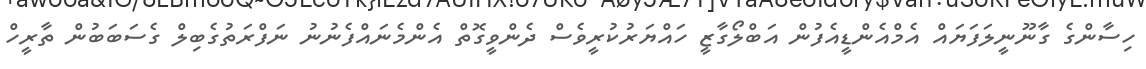
ހިސާންގެ ގާނޫނީލަފަޔައް އެމްއެންޑީއެފުން އަބްލޯގާޒީ ހައްޔަރުކުރީވެސް ދެންވީގޮތް އެންމެނައްފެނުނު ނަފްރަތުގެބިލް ގެސަބަބުން ތާރީހް